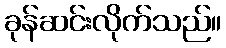
ခုန်ဆင်းလိုက်သည်။